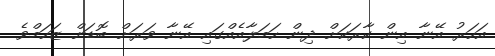
އަހަރު އޭނާ އިން ކާރަކަށް ދިން ހަމަލާއެއްގައި އޭނާ ވަރަށް ބޮޑަށް ޒަހަމްވެ